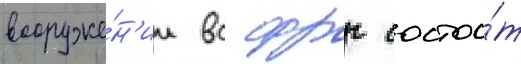
вооруже́н'ии вс фрг состои́т